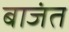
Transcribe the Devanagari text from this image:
बाजंत